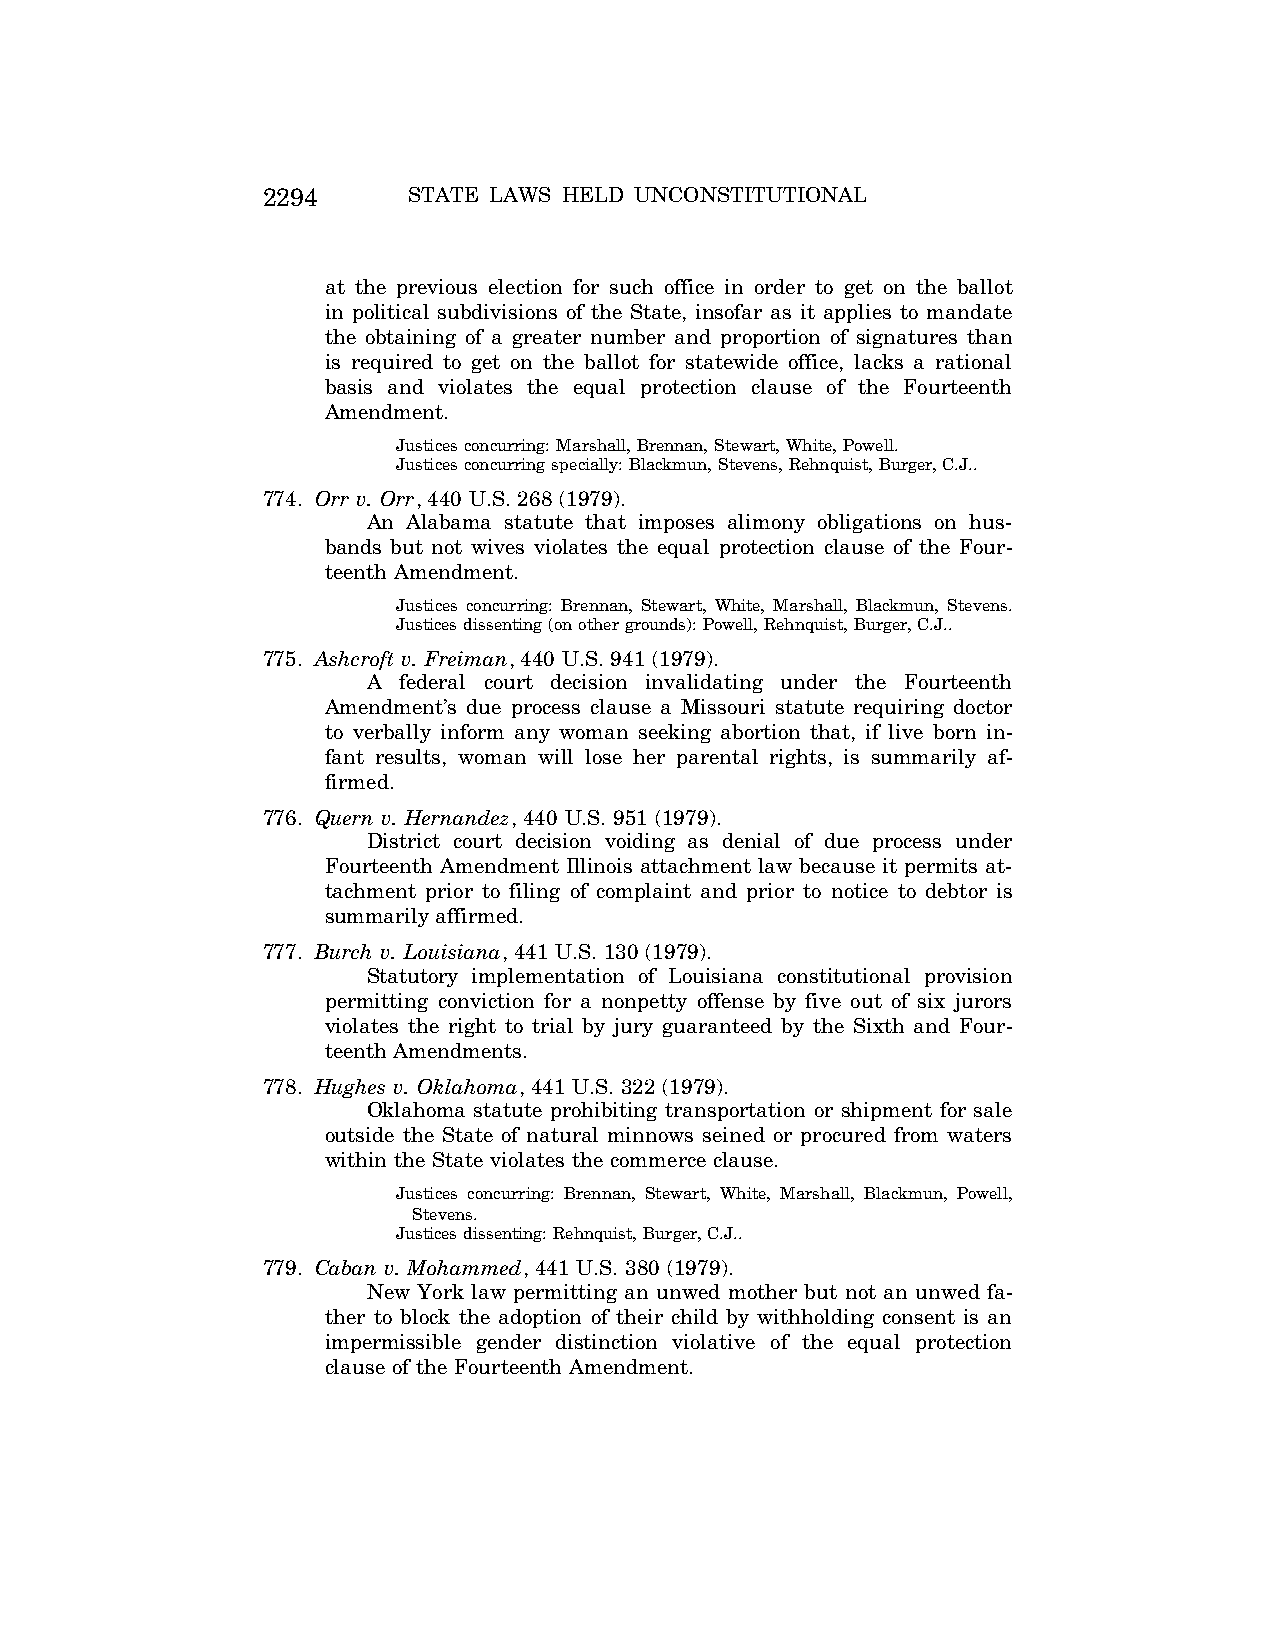
2294      STATE LAWS HELD UNCONSTITUTIONAL
 at the previous election for such office in order to get on the ballot
 in political subdivisions of the State, insofar as it applies to mandate
 the obtaining of a greater number and proportion of signatures than
 is required to get on the ballot for statewide office, lacks a rational
 basis and violates the equal protection clause of the Fourteenth
 Amendment.
 Justices concurring: Marshall, Brennan, Stewart, White, Powell.
 Justices concurring specially: Blackmun, Stevens, Rehnquist, Burger, C.J..
 774. Orr v. Orr, 440 U.S. 268 (1979).
 An Alabama statute that imposes alimony obligations on hus-
 bands but not wives violates the equal protection clause of the Four-
 teenth Amendment.
 Justices concurring: Brennan, Stewart, White, Marshall, Blackmun, Stevens.
 Justices dissenting (on other grounds): Powell, Rehnquist, Burger, C.J..
 775. Ashcroft v. Freiman, 440 U.S. 941 (1979).
 A federal court decision invalidating under the Fourteenth
 Amendment’s due process clause a Missouri statute requiring doctor
 to verbally inform any woman seeking abortion that, if live born in-
 fant results, woman will lose her parental rights, is summarily af-
 firmed.
 776. Quern v. Hernandez, 440 U.S. 951 (1979).
 District court decision voiding as denial of due process under
 Fourteenth Amendment Illinois attachment law because it permits at-
 tachment prior to filing of complaint and prior to notice to debtor is
 summarily affirmed.
 777. Burch v. Louisiana, 441 U.S. 130 (1979).
 Statutory implementation of Louisiana constitutional provision
 permitting conviction for a nonpetty offense by five out of six jurors
 violates the right to trial by jury guaranteed by the Sixth and Four-
 teenth Amendments.
 778. Hughes v. Oklahoma, 441 U.S. 322 (1979).
 Oklahoma statute prohibiting transportation or shipment for sale
 outside the State of natural minnows seined or procured from waters
 within the State violates the commerce clause.
 Justices concurring: Brennan, Stewart, White, Marshall, Blackmun, Powell,
 Stevens.
 Justices dissenting: Rehnquist, Burger, C.J..
 779. Caban v. Mohammed, 441 U.S. 380 (1979).
 New York law permitting an unwed mother but not an unwed fa-
 ther to block the adoption of their child by withholding consent is an
 impermissible gender distinction violative of the equal protection
 clause of the Fourteenth Amendment.
 VerDate Aug<04>2004 12:57 Aug 23, 2004 Jkt 077500 PO 00000 Frm 00134 Fmt 8222 Sfmt 8222 C:\CONAN\CON064.SGM PRFM99 PsN: CON064